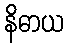
နိဓာယ